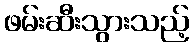
ဖမ်းဆီးသွားသည့်